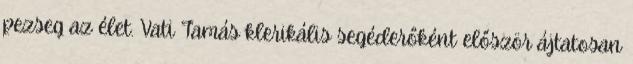
pezseg az élet. Vati Tamás klerikális segéderőként először ájtatosan